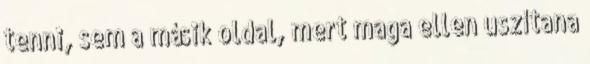
tenni, sem a másik oldal, mert maga ellen uszítana